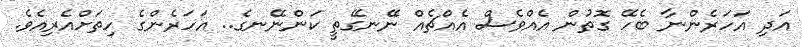
އަދި އަހަރެންނާ ބެހޭ ގޮތުން އެއްވެސް އެއްޗެއް ނޭނގޭތީ ކަންނޭނގެ.. އަހަރެންގެ ހިތަށްއެރިއެވެ.